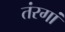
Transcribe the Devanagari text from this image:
तंरगां